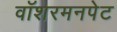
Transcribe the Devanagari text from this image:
वॉशरमनपेट